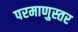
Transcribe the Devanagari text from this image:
परमाणुस्तर